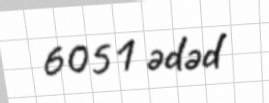
6051 ədəd